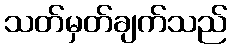
သတ်မှတ်ချက်သည်